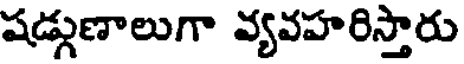
షడ్గుణాలుగా వ్యవహరిస్తారు